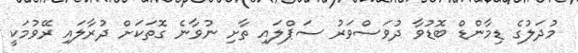
މުދަލުގެ ޑިމާންޑް ބޮޑުވާ ދުވަސްވަރު ސަޕްލައި ތާށި ނުވާނެ ގޮތަކަށް ދުރާލައި ރޭވުމަކީ